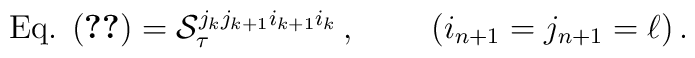
\mbox{Eq. (\ref{gn-2})} = {\cal S}_\tau^{j_k j_{k + 1} i_{k + 1} i_k} \, , \;\;\;\;\;\;\;\; (i_{n + 1} = j_{n + 1} = \ell) \, .